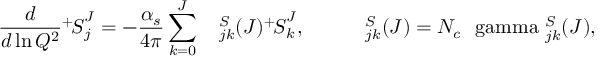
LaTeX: \frac { d } { d \ln Q ^ { 2 } } { ^ + \! S } _ { j } ^ { J } = - \frac { \alpha _ { s } } { 4 \pi } \sum _ { k = 0 } ^ { J } { \mathrm { \boldmath ~ { \mit \Gamma } ~ } _ { j k } ^ { S } } ( J ) { ^ + \! S } _ { k } ^ { J } , \qquad { \mathrm { \boldmath ~ { \mit \Gamma } ~ } _ { j k } ^ { S } } ( J ) = N _ { c } { \mathrm { \boldmath ~ { \ g a m m a } ~ } _ { j k } ^ { S } } ( J ) ,